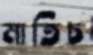
মাতিচ